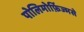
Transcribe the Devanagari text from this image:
पोलिमोर्फ़िज्मसे